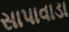
સાપાવાડા